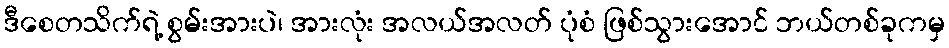
ဒီစေတသိက်ရဲ့ စွမ်းအားပဲ၊ အားလုံး အလယ်အလတ် ပုံစံ ဖြစ်သွားအောင် ဘယ်တစ်ခုကမှ